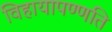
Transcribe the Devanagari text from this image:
विहायापण्णति